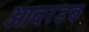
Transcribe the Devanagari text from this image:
ओवरडब